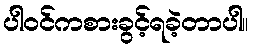
ပါဝင်ကစားခွင့်ရခဲ့တာပါ။